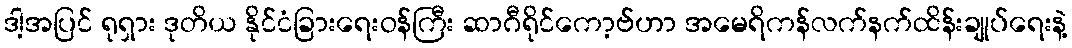
ဒါ့အပြင် ရုရှား ဒုတိယ နိုင်ငံခြားရေးဝန်ကြီး ဆာဂီရိုင်ကော့ဗ်ဟာ အမေရိကန်လက်နက်ထိန်းချုပ်ရေးနဲ့